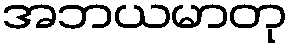
အဘယမာတု